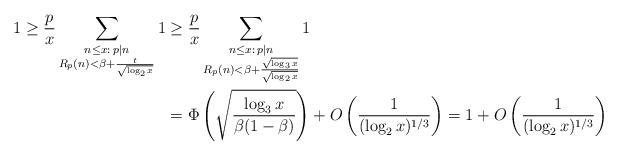
LaTeX: \begin{align*}1 \ge \frac px \sum_{\substack{n \le x: \, p|n\\R_p(n)<\beta+\frac{t}{\sqrt{\log_2 x}}}} 1 &\ge \frac px \sum_{\substack{n \le x: \, p|n\\R_p(n)<\beta +\frac{\sqrt{\log_3 x}}{\sqrt{\log_2 x}}}} 1\\ &= \Phi\left(\sqrt{\frac{\log_3 x}{\beta(1-\beta)}}\right) + O\left(\frac1{(\log_2 x)^{1/3}}\right) = 1 + O\left(\frac1{(\log_2 x)^{1/3}}\right) \end{align*}